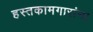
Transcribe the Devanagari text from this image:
हस्तकामगारांना